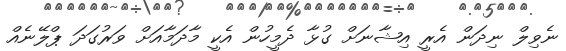
ނެވިލް ނިދަން އެރީ އިޝާނަށް ގުޅާ ދެމީހުން އެކީ މާދަމާއަށް ވަރުގަދަ ޕްލޭނެއް